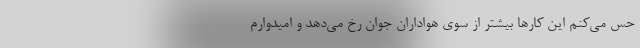
حس می‌کنم این کارها بیشتر از سوی هواداران جوان رخ می‌دهد و امیدوارم